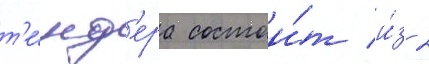
т'е́нд'ера состои́т и́з 2